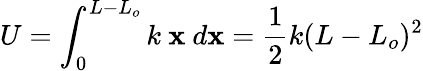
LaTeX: U=\int_{0}^{L-L_{o}}{k\ \mathbf{x}\ d\mathbf{x}}={\frac{{1}}{{2}}}k(L-L_{o})^{2}